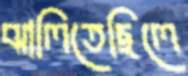
ঝালিতেছিলে